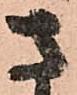
さ